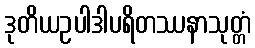
ဒုတိယဥပါဒါပရိတဿနာသုတ္တံ